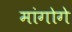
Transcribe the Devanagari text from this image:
मांगोगे